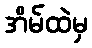
အိမ်ထဲမှ